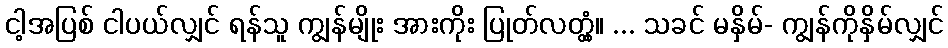
ငါ့အပြစ် ငါပယ်လျှင် ရန်သူ ကျွန်မျိုး အားကိုး ပြုတ်လတ္တံ့။ ... သခင် မနှိမ်- ကျွန်ကိုနှိမ်လျှင်